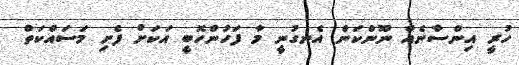
ހުރީ އިންސާނެއް ނޫންކަން އެނގުނީ މާ ފަހުންހޮބީ އަކަށް ފެށި މަސައްކަތް